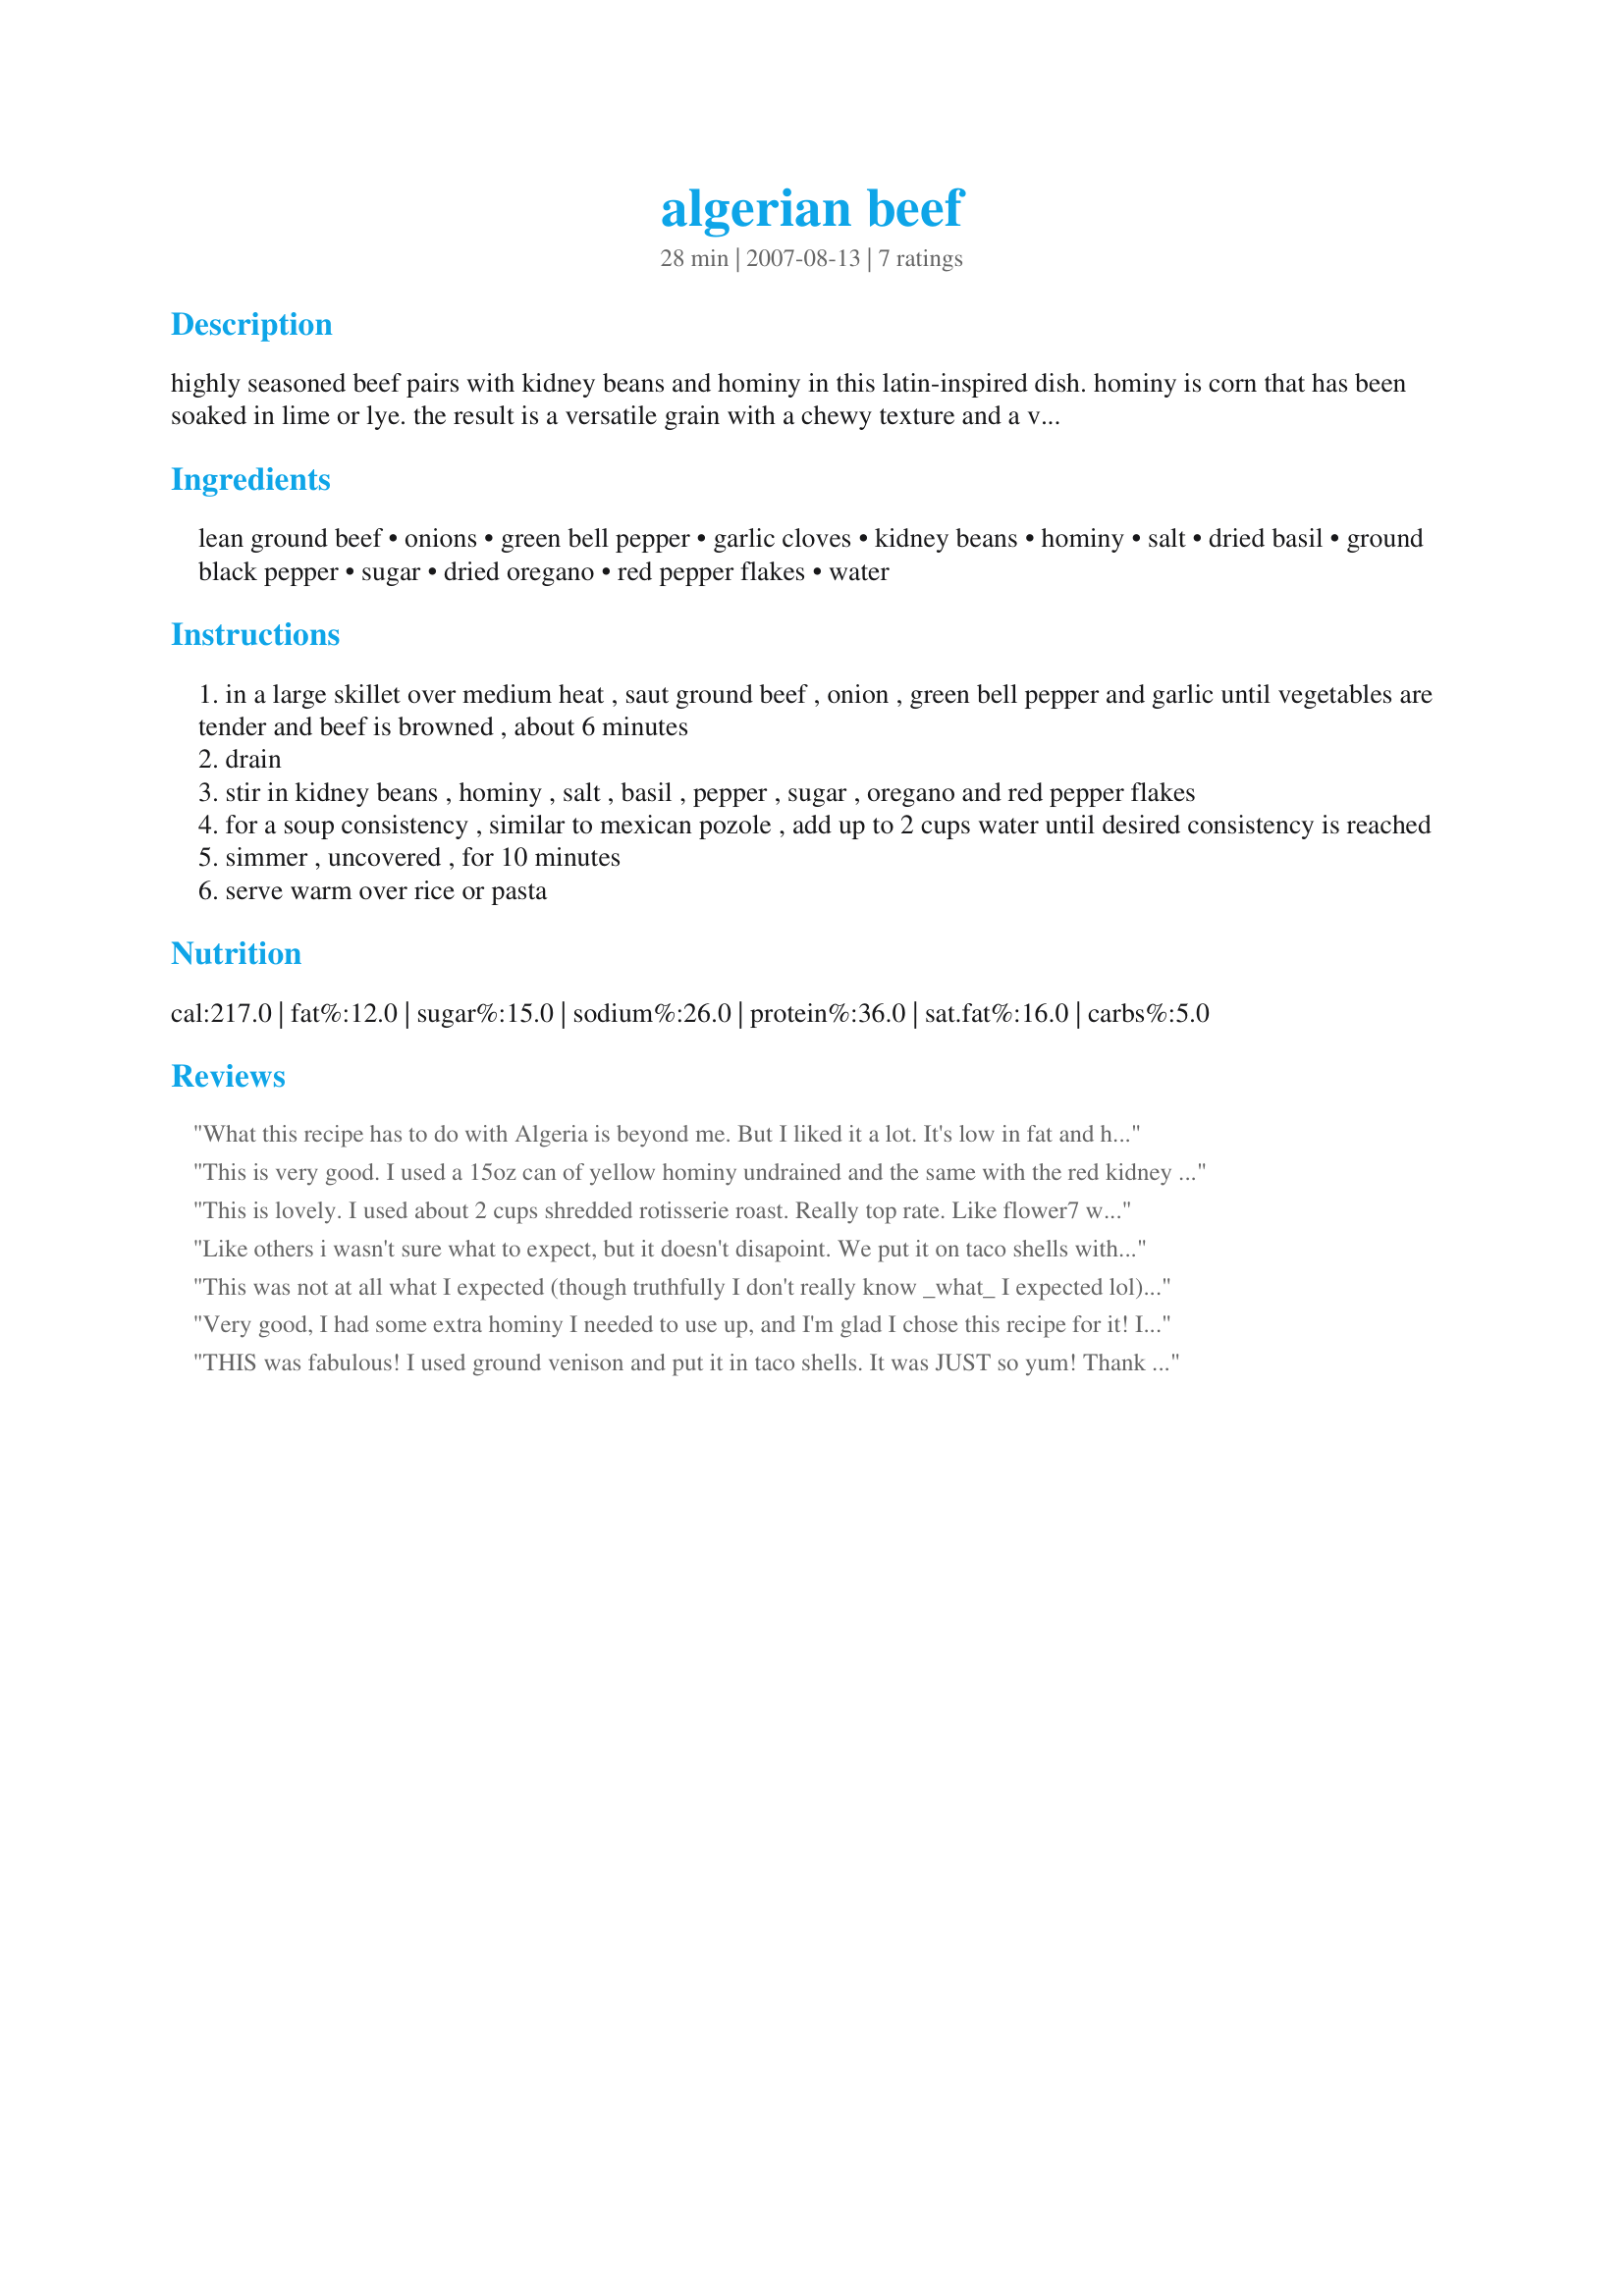
algerian beef
Preparation time: 28 minutes

highly seasoned beef pairs with kidney beans and hominy in this latin-inspired dish. hominy is corn that has been soaked in lime or lye. the result is a versatile grain with a chewy texture and a very light, smoky-sour flavor.

Ingredients:
lean ground beef, onions, green bell pepper, garlic cloves, kidney beans, hominy, salt, dried basil, ground black pepper, sugar, dried oregano, red pepper flakes, water

Steps:
in a large skillet over medium heat , saut ground beef , onion , green bell pepper and garlic until vegetables are tender and beef is browned , about 6 minutes
drain
stir in kidney beans , hominy , salt , basil , pepper , sugar , oregano and red pepper flakes
for a soup consistency , similar to mexican pozole , add up to 2 cups water until desired consistency is reached
simmer , uncovered , for 10 minutes
serve warm over rice or pasta

Reviews:
What this recipe has to do with Algeria is beyond me. But I liked it a lot. It's low in fat and high in fiber, too. I used extra lean ground beef. I used a full can of kidney beans and a full can of yellow hominy. I only used about 3/4 cup of water. I served it over brown rice. Very nice. Thanks, Mike #2.
This is very good. I used a 15oz can of yellow hominy undrained and the same with the red kidney beans and did not add as much water. Similiar to my Beef Puchero recipe. I enjoyed it very much.
It had an spicy Italian flavor and could be easily served with spaghetti noodles.
This is lovely. I used about 2 cups shredded rotisserie roast. Really top rate. Like flower7 we had it with flour tortillas. I drained and rinsed my hominy and beans. Next time Ijust won't add as much water and won't drain the veggies. This one's a real keeper!
Like others i wasn't sure what to expect, but it doesn't disapoint. We put it on taco shells with cheese also, but DH just got a bowl and ate as is. He thinks torilla chips to dip it up and sour cream would be good. Either way, we'll have this again for sure cause IT IS GOOD !!!
This was not at all what I expected (though truthfully I don't really know _what_ I expected lol) but was sooooo good. I only used about 2/3 cup water. The herbs really come through nicely. I served on a flour tortilla with shredded cheddar cheese. Thanks for the recipe Mike!
Very good, I had some extra hominy I needed to use up, and I'm glad I chose this recipe for it! I used 3/4 C. chicken broth instead of the 1 C. water, and ground turkey instead of the beef. We ate it over egg noodles with sour cream and it was delicious! Thanks for the recipe!
THIS was fabulous! I used ground venison and put it in taco shells. It was JUST so yum! Thank you so much for sharing this incredible recipe! LA :-)
